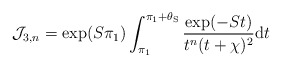
\begin{align*}\mathcal{J}_{3,n} = \exp({S \pi_1}) \int_{\pi_1}^{\pi_1+\theta_{\mathrm{S}}} \frac{\exp({-St})}{ t^{n} (t + \chi)^2} \mathrm{d}t\end{align*}